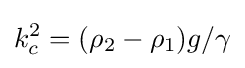
k_{c}^{2}=(\rho _{2}-\rho _{1})g/\gamma